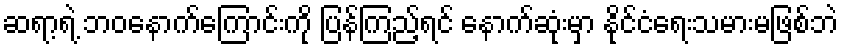
ဆရာ့ရဲ့ ဘဝနောက်ကြောင်းကို ပြန်ကြည့်ရင် နောက်ဆုံးမှာ နိုင်ငံရေးသမားမဖြစ်ဘဲ